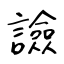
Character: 譣